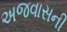
અજવાસની